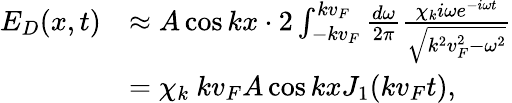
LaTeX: \begin{array}{rl}{E_{D}(x,t)}&{\approx A\cos kx\cdot 2\int_{-kv_{F}}^{kv_{F}}\frac{d\omega}{2\pi}\frac{\chi_{k}i\omega e^{-i\omega t}}{\sqrt{k^{2}v_{F}^{2}-\omega^{2}}}}\\ &{=\chi_{k}\ kv_{F}A\cos kxJ_{1}(kv_{F}t),}\end{array}